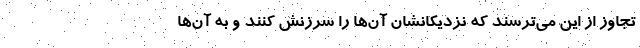
تجاوز از این می‌ترسند که نزدیکانشان آن‌ها را سرزنش کنند و به آن‌ها